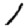
Digit: 1